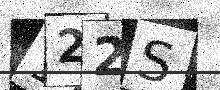
Text: 122S